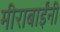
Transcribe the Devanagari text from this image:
मीराबाईंनी